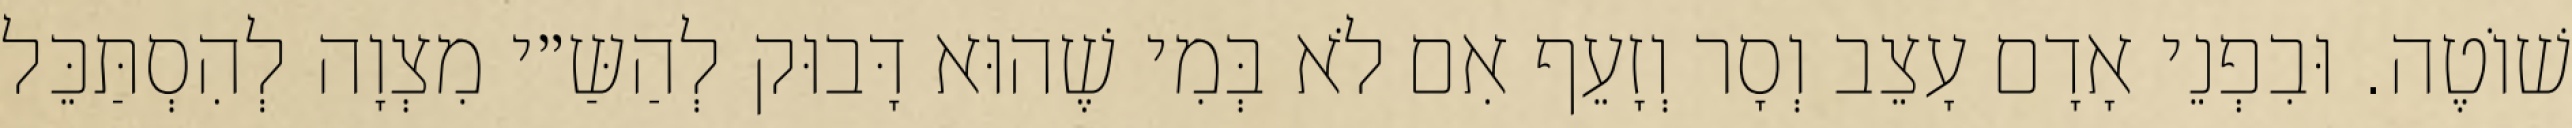
שׁוֹטֶה. וּבִפְנֵי אָדָם עָצֵב וְסָר וְזָעֵף אִם לֹא בְּמִי שֶׁהוּא דָּבוּק לְהַשַּ״י מִצְוָה לְהִסְתַּכֵּל